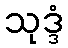
သုဒ္ဒံ